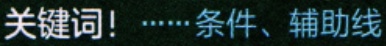
关键词！······条件、辅助线